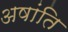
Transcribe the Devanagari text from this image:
अषांति